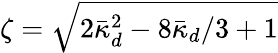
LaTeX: \zeta=\sqrt{2\bar{\kappa}_{d}^{2}-8\bar{\kappa}_{d}/3+1}